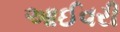
આઈવરી